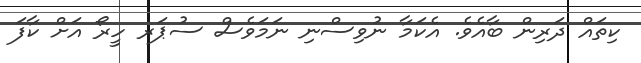
ކިތައް ދަރިން ބާއެވެ. އެކަމާ ނުވިސްނި ނަމަވެސް ސުޕަރ ހީރޯ އަށް ކާފަ